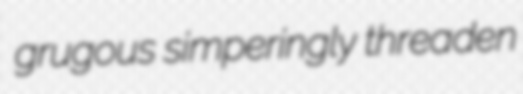
grugous simperingly threaden